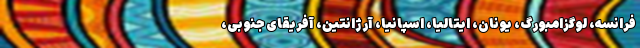
فرانسه، لوگزامبورگ، یونان، ایتالیا، اسپانیا، آرژانتین، آفریقای جنوبی،